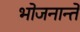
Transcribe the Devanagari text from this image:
भोजनान्ते